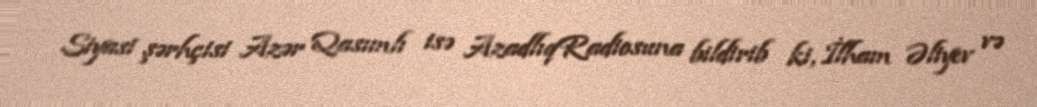
Siyasi şərhçisi Azər Qasımlı isə AzadlıqRadiosuna bildirib ki, İlham Əliyev və